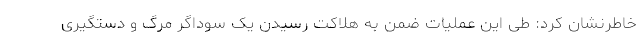
خاطرنشان کرد: طی این عملیات ضمن به هلاکت رسیدن یک سوداگر مرگ و دستگیری